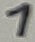
Text: 1